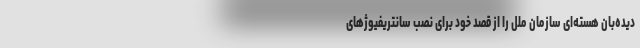
دیده‌بان هسته‌ای سازمان ملل را از قصد خود برای نصب سانتریفیوژهای